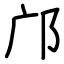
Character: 邝